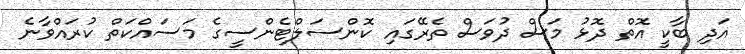
އަދި ބާކީ އޮތް ދޮޅު މަސް ދުވަސް ތެރޭގައި ކޮންސަލްޓެންސީގެ މަސައްކަތް ކުރައްވާނެ